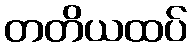
တတိယထပ်